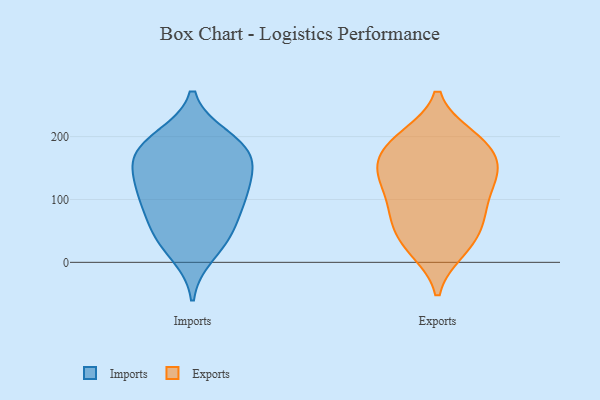
{"axis": {"x": "Population (Million)", "y": "Value"}, "legend": ["Exports", "Imports"], "data": [{"x": "", "y": 162, "type": "Imports"}, {"x": "", "y": 39, "type": "Imports"}, {"x": "", "y": 146, "type": "Imports"}, {"x": "", "y": 104, "type": "Imports"}, {"x": "", "y": 109, "type": "Imports"}, {"x": "", "y": 154, "type": "Imports"}, {"x": "", "y": 51, "type": "Imports"}, {"x": "", "y": 13, "type": "Imports"}, {"x": "", "y": 187, "type": "Imports"}, {"x": "", "y": 53, "type": "Imports"}, {"x": "", "y": 105, "type": "Imports"}, {"x": "", "y": 198, "type": "Imports"}, {"x": "", "y": 191, "type": "Imports"}, {"x": "", "y": 100, "type": "Imports"}, {"x": "", "y": 169, "type": "Imports"}, {"x": "", "y": 76, "type": "Exports"}, {"x": "", "y": 121, "type": "Exports"}, {"x": "", "y": 101, "type": "Exports"}, {"x": "", "y": 194, "type": "Exports"}, {"x": "", "y": 58, "type": "Exports"}, {"x": "", "y": 185, "type": "Exports"}, {"x": "", "y": 139, "type": "Exports"}, {"x": "", "y": 200, "type": "Exports"}, {"x": "", "y": 156, "type": "Exports"}, {"x": "", "y": 139, "type": "Exports"}, {"x": "", "y": 72, "type": "Exports"}, {"x": "", "y": 28, "type": "Exports"}, {"x": "", "y": 74, "type": "Exports"}, {"x": "", "y": 199, "type": "Exports"}, {"x": "", "y": 172, "type": "Exports"}, {"x": "", "y": 151, "type": "Exports"}, {"x": "", "y": 19, "type": "Exports"}, {"x": "", "y": 132, "type": "Exports"}, {"x": "", "y": 24, "type": "Exports"}]}